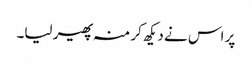
پر اس نے دیکھ کر منہ پھیر لیا۔